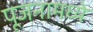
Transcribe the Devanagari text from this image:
पूजनामध्ये